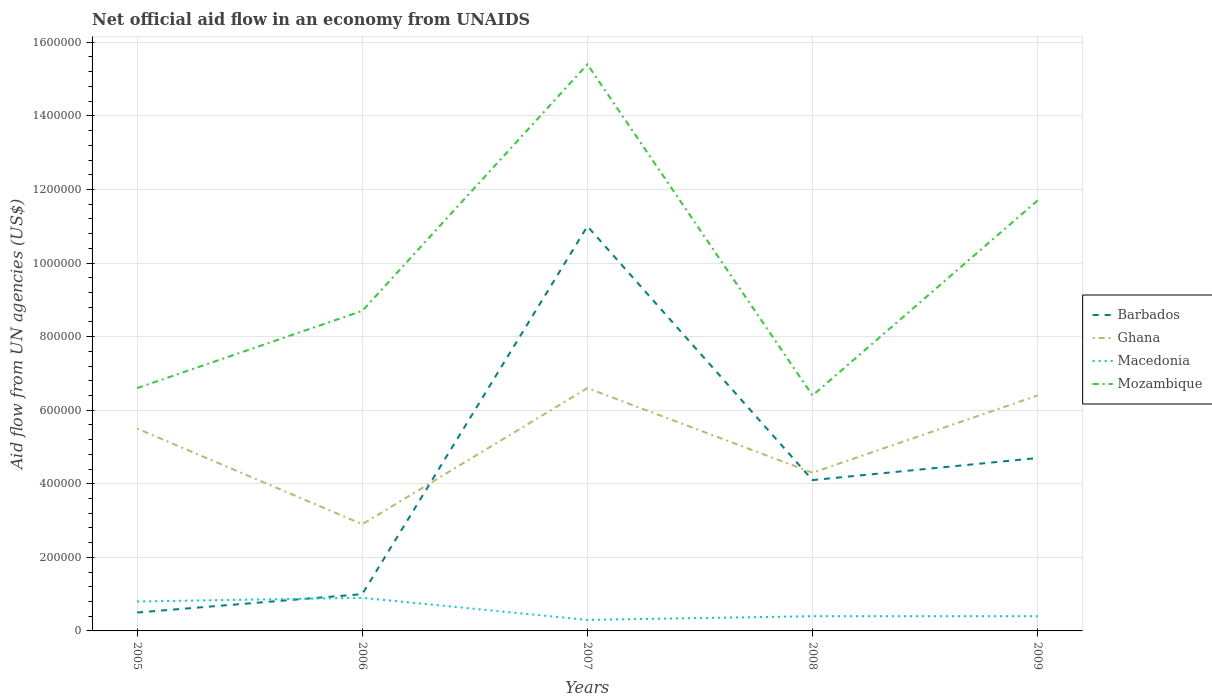
| Years | Barbados | Ghana | Macedonia | Mozambique |
 | --- | --- | --- | --- | --- |
 | 2005 | 5e+04 | 5.5e+05 | 8e+04 | 6.6e+05 |
 | 2006 | 1e+05 | 2.9e+05 | 9e+04 | 8.7e+05 |
 | 2007 | 1.1e+06 | 6.6e+05 | 3e+04 | 1.54e+06 |
 | 2008 | 4.1e+05 | 4.3e+05 | 4e+04 | 6.4e+05 |
 | 2009 | 4.7e+05 | 6.4e+05 | 4e+04 | 1.17e+06 |